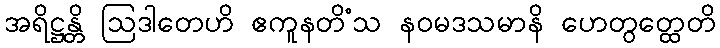
အရိဋ္ဌန္တိ ဩဒါတေဟိ ဧကူနတိံသ နဝမဒသမာနိ ဟေတွတ္ထေတိ